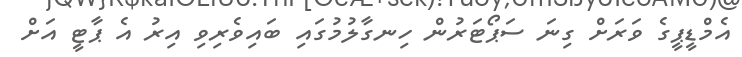
އެމްޑީޕީގެ ވަރަށް ގިނަ ސަޕޯޓަރުން ހިނގާލުމުގައި ބައިވެރިވި އިރު އެ ޕާޓީ އަށް